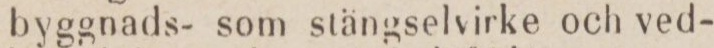
byggnads- som stängselvirke och ved-